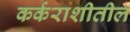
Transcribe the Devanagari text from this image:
कर्कराशीतील